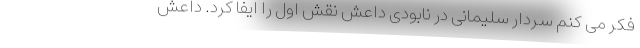
فکر می کنم سردار سلیمانی در نابودی داعش نقش اول را ایفا کرد. داعش